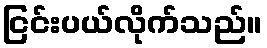
ငြင်းပယ်လိုက်သည်။